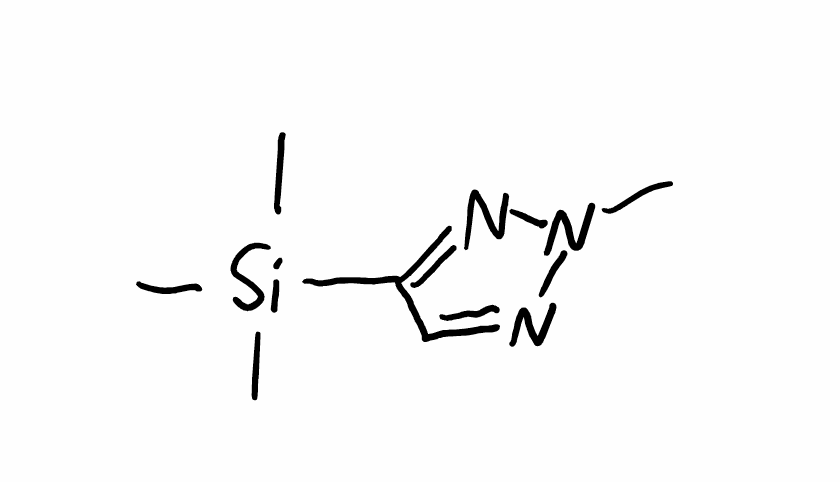
Simplified molecular-input line-entry system (SMILES) notation of the given molecule:
CN1N=CC(=N1)[Si](C)(C)C